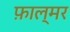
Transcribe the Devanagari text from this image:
फ़ाल्मर